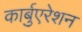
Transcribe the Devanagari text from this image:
कार्बुएरेशन